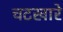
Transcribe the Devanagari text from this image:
चटखारे